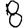
Digit: 8